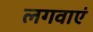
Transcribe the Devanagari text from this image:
लगवाएं